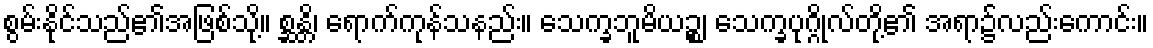
စွမ်းနိုင်သည်၏အဖြစ်သို့။ စ္ဆန္တိ၊ ရောက်ကုန်သနည်း။ သေက္ခဘူမိယဉ္စ၊ သေက္ခပုဂ္ဂိုလ်တို့၏ အရာ၌လည်းကောင်း။